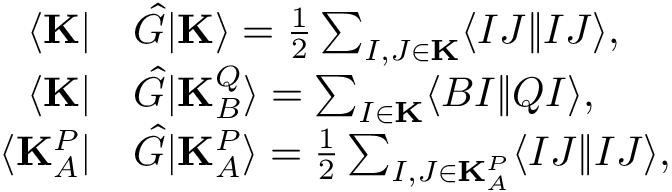
\begin{array} { r l } { \langle \mathbf { K } | } & { \hat { G } | \mathbf { K } \rangle = \frac { 1 } { 2 } \sum _ { I , J \in \mathbf { K } } \langle I J \| I J \rangle , } \\ { \langle \mathbf { K } | } & { \hat { G } | \mathbf { K } _ { B } ^ { Q } \rangle = \sum _ { I \in \mathbf { K } } \langle B I \| Q I \rangle , } \\ { \langle \mathbf { K } _ { A } ^ { P } | } & { \hat { G } | \mathbf { K } _ { A } ^ { P } \rangle = \frac { 1 } { 2 } \sum _ { I , J \in \mathbf { K } _ { A } ^ { P } } \langle I J \| I J \rangle , } \end{array}